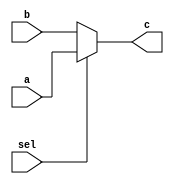
module my_sel (
                input wire a,
                input wire b,
                input wire sel,
                output wire c );

    assign c = sel?a:b;

endmodule